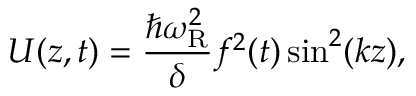
U ( z , t ) = { \frac { \hbar \omega _ { \mathrm { R } } ^ { 2 } } { \delta } } f ^ { 2 } ( t ) \sin ^ { 2 } ( k z ) ,